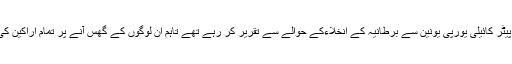
جب یہ لوگ پارلیمنٹ میں گھسے تو لیبرپارٹی کے رکن اسمبلی پیٹر کائیلی یورپی یونین سے برطانیہ کے انخلاءکے حوالے سے تقریر کر رہے تھے تاہم ان لوگوں کے گھس آنے پر تمام اراکین کی توجہ ان کی طرف ہو گئی اور پیٹر کائیلی کو تقریر روکنا پڑی۔